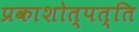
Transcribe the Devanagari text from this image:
प्रकाशोत्पत्ति